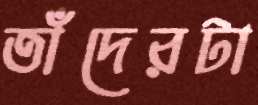
তাঁদেরটা